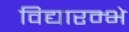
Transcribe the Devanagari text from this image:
विद्यारम्भे